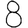
Digit: 8